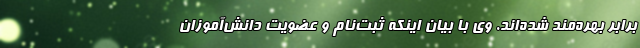
برابر بهره‌مند شده‌اند. وی با بیان اینکه ثبت‌نام و عضویت دانش‌آموزان